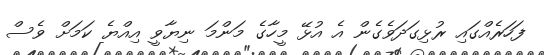
ފަހަރެއްގައި ރުޅިގަދަވެގެން އެ އުޅޭ މީހާގެ މަންމަ ނިޔާވީ އިއްޔެ ކަމަށް ވެސް